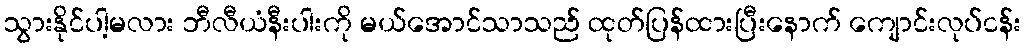
သွားနိုင်ပါ့မလား ဘီလီယံနီးပါးကို မယ်အောင်သာသည် ထုတ်ပြန်ထားပြီးနောက် ကျောင်းလုပ်ငန်း